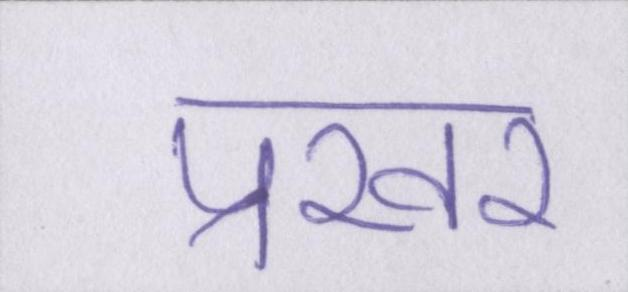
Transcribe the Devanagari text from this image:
प्रखर